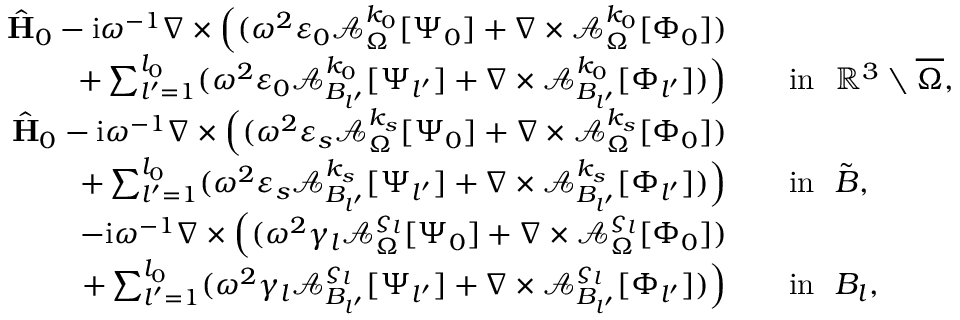
\begin{array} { r l } { \hat { \mathbf { H } } _ { 0 } - \mathrm { i } \omega ^ { - 1 } \nabla \times \Big ( ( \omega ^ { 2 } \varepsilon _ { 0 } \mathcal { A } _ { \Omega } ^ { k _ { 0 } } [ \Psi _ { 0 } ] + \nabla \times \mathcal { A } _ { \Omega } ^ { k _ { 0 } } [ \Phi _ { 0 } ] ) } & { } \\ { + \sum _ { l ^ { \prime } = 1 } ^ { l _ { 0 } } ( \omega ^ { 2 } \varepsilon _ { 0 } \mathcal { A } _ { B _ { l ^ { \prime } } } ^ { k _ { 0 } } [ \Psi _ { l ^ { \prime } } ] + \nabla \times \mathcal { A } _ { B _ { l ^ { \prime } } } ^ { k _ { 0 } } [ \Phi _ { l ^ { \prime } } ] ) \Big ) } & { \quad \mathrm { i n } \ \ \mathbb { R } ^ { 3 } \setminus \overline { \Omega } , } \\ { \hat { \mathbf { H } } _ { 0 } - \mathrm { i } \omega ^ { - 1 } \nabla \times \Big ( ( \omega ^ { 2 } \varepsilon _ { s } \mathcal { A } _ { \Omega } ^ { k _ { s } } [ \Psi _ { 0 } ] + \nabla \times \mathcal { A } _ { \Omega } ^ { k _ { s } } [ \Phi _ { 0 } ] ) } & { } \\ { + \sum _ { l ^ { \prime } = 1 } ^ { l _ { 0 } } ( \omega ^ { 2 } \varepsilon _ { s } \mathcal { A } _ { B _ { l ^ { \prime } } } ^ { k _ { s } } [ \Psi _ { l ^ { \prime } } ] + \nabla \times \mathcal { A } _ { B _ { l ^ { \prime } } } ^ { k _ { s } } [ \Phi _ { l ^ { \prime } } ] ) \Big ) } & { \quad \mathrm { i n } \ \ \tilde { B } , } \\ { - \mathrm { i } \omega ^ { - 1 } \nabla \times \Big ( ( \omega ^ { 2 } \gamma _ { l } \mathcal { A } _ { \Omega } ^ { \varsigma _ { l } } [ \Psi _ { 0 } ] + \nabla \times \mathcal { A } _ { \Omega } ^ { \varsigma _ { l } } [ \Phi _ { 0 } ] ) } & { } \\ { + \sum _ { l ^ { \prime } = 1 } ^ { l _ { 0 } } ( \omega ^ { 2 } \gamma _ { l } \mathcal { A } _ { B _ { l ^ { \prime } } } ^ { \varsigma _ { l } } [ \Psi _ { l ^ { \prime } } ] + \nabla \times \mathcal { A } _ { B _ { l ^ { \prime } } } ^ { \varsigma _ { l } } [ \Phi _ { l ^ { \prime } } ] ) \Big ) } & { \quad \mathrm { i n } \ \ B _ { l } , } \end{array}